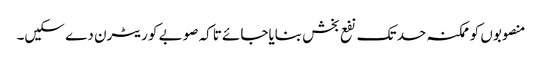
منصوبوں کو ممکنہ حد تک نفع بخش بنایاجائے تاکہ صوبے کو ریٹرن دے سکیں۔